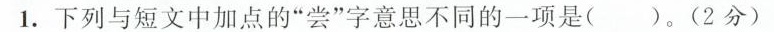
1.下列与短文中加点的”尝”字意思不同的一项是()。(2分)